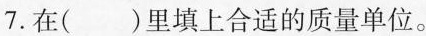
7.在()里填上合适的质量单位。